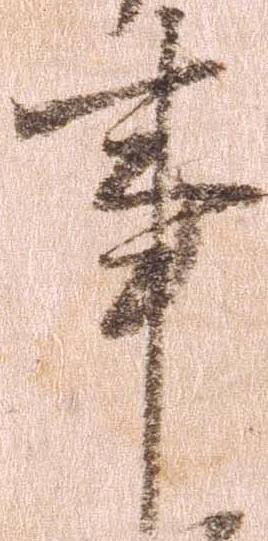
事